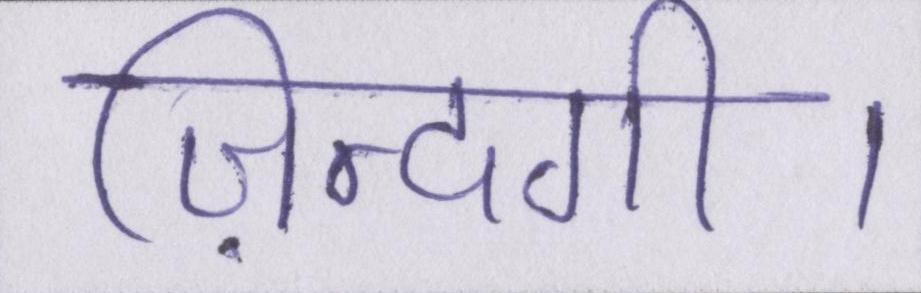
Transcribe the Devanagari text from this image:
ज़िन्दगी।